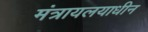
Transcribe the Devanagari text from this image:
मंत्रायलयाधीन